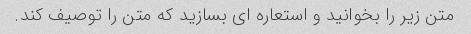
متن زیر را بخوانید و استعاره ای بسازید که متن را توصیف کند.